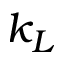
k _ { L }